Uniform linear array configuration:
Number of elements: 32
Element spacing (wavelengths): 0.75
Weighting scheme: hann
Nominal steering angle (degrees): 45
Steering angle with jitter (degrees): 46.522
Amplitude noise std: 0.05
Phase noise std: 0.05

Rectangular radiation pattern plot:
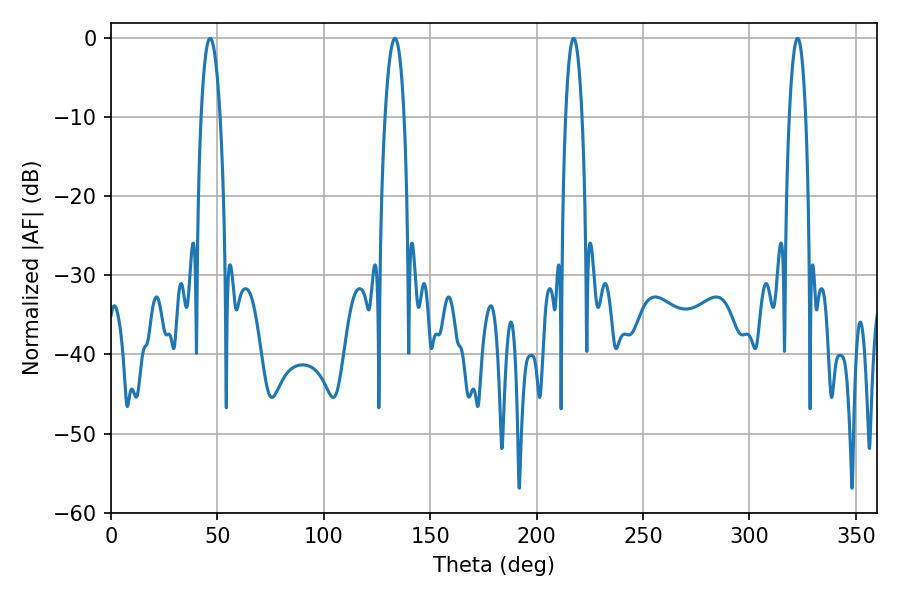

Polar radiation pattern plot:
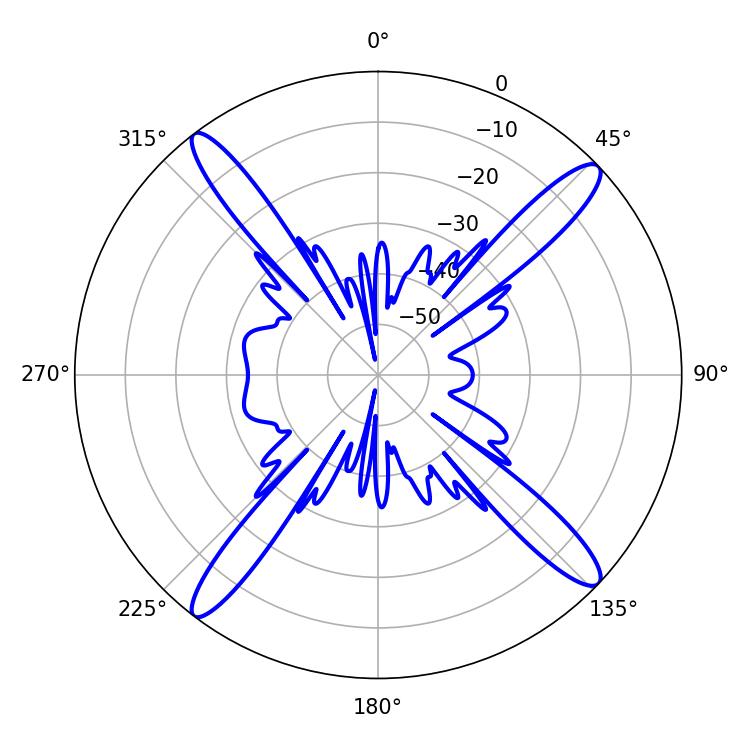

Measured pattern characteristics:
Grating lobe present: TRUE
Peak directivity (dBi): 17.25
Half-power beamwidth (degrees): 5.04
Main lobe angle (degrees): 46.62